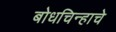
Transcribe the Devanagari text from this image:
बोधचिन्हाचे